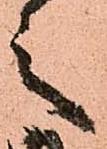
之